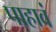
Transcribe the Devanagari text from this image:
पाहावं